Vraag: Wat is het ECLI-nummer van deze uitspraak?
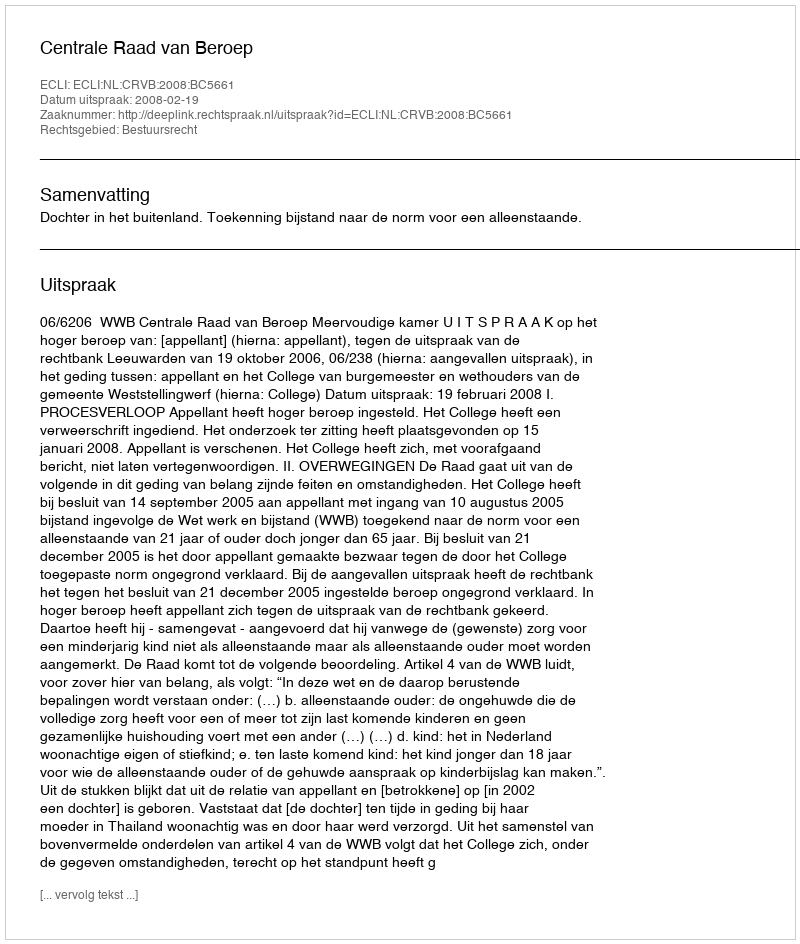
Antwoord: ECLI:NL:CRVB:2008:BC5661